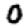
Digit: 0